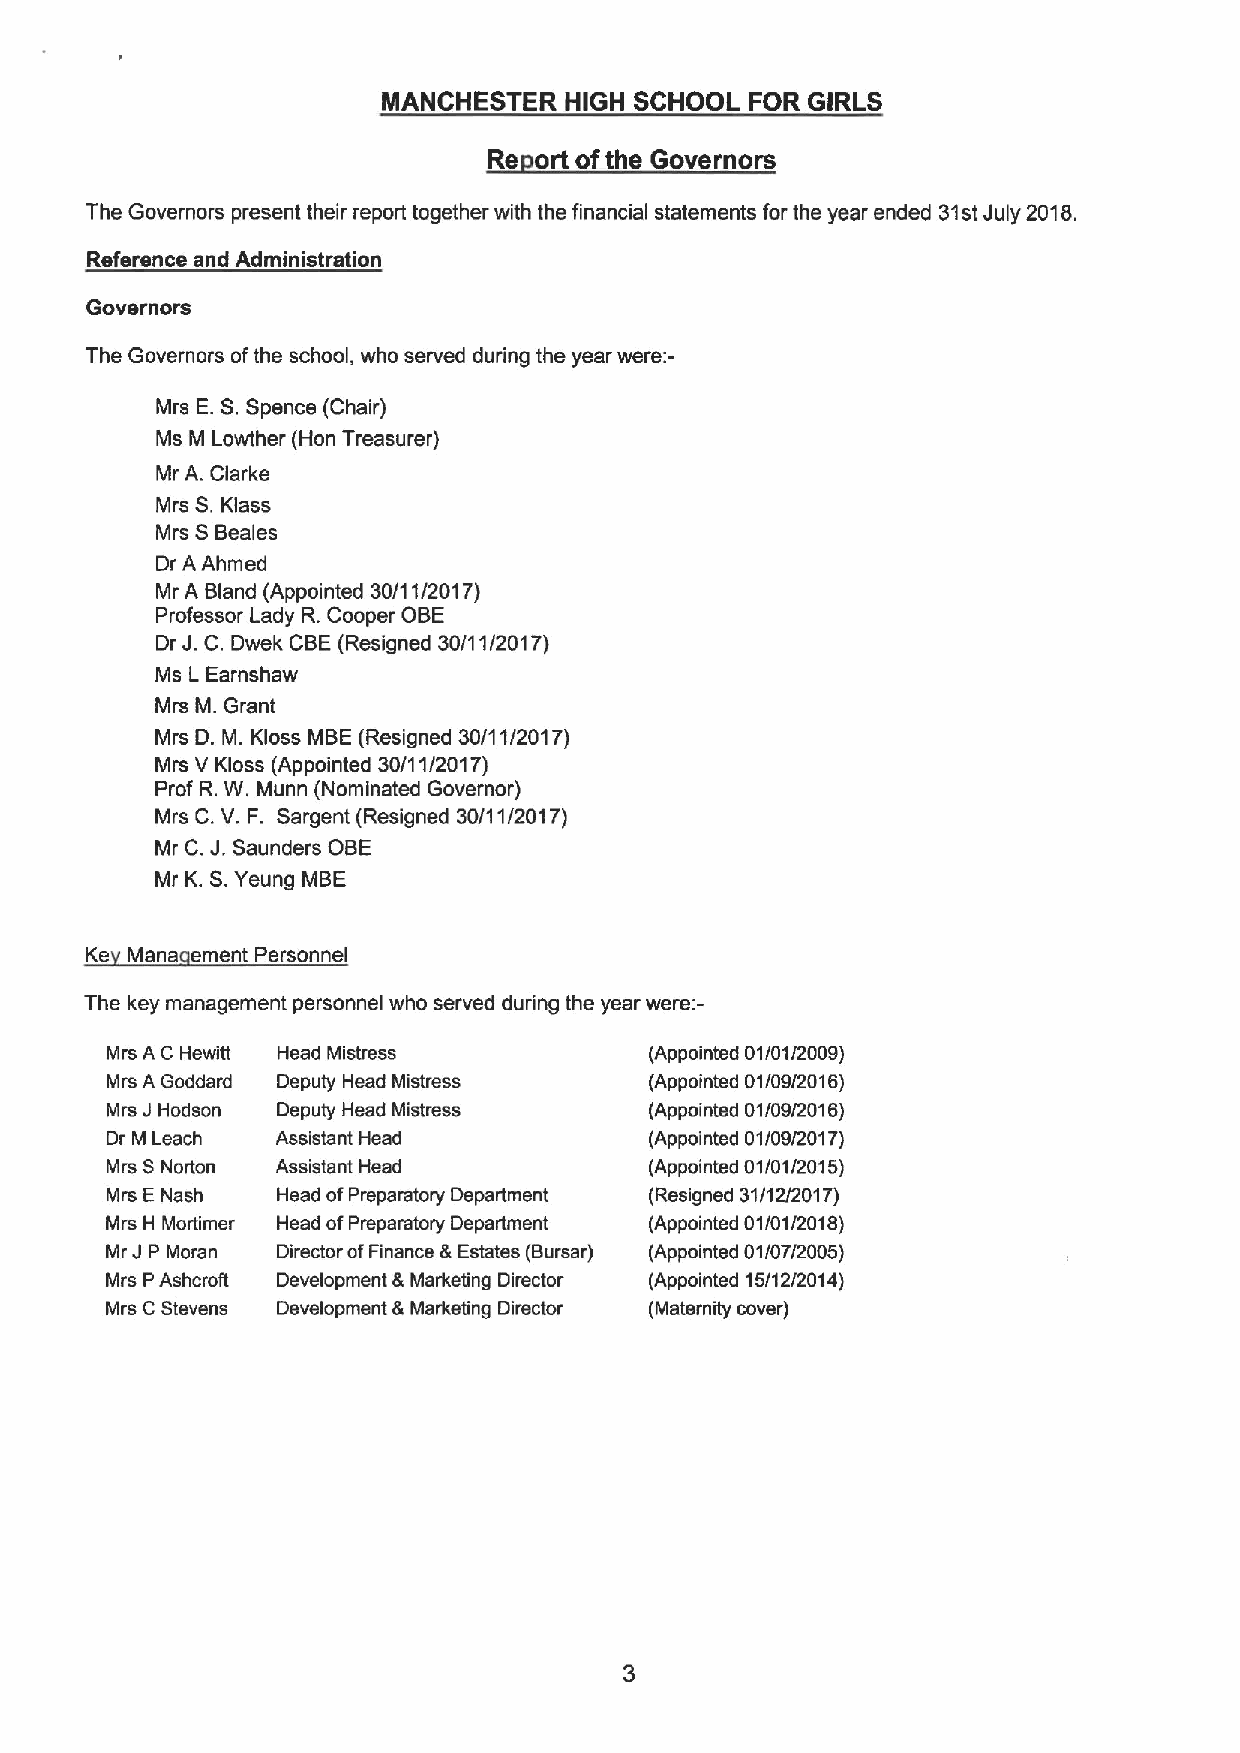
MANCHESTER  HIGH SCHOOL  FOR GIRLS
 Re ortof the Governors
 The Governors present their report together with the financial statements for the year ended 31stJuly 2018.
 Reference and Administration
 Governors
 The Governors ofthe school, who served during the year were:-
 Mrs E.S.Spence (Chair)
 Ms M Lowther (Hon Treasurer)
 Mr A. Clarke
 Mrs S.Klass
 Mrs SScales
 Dr AAhmed
 Mr A Bland (Appointed 30/1 1/2017)
 Professor Lady R.Cooper OBE
 Dr J.C.Dwek CBE(Resigned 30/11/2017)
 Ms LEarnshaw
 Mrs M. Grant
 Mrs D. M. Kloss MBE (Resigned 30/11/2017)
 Mrs V Kloss (Appointed 30/11/2017)
 Prof R.W. Munn (Nominated Governor)
 Mrs C.V. F. Sargent (Resigned 30/11/2017)
 Mr C.J. Saunders OBE
 Mr K.S.Yeung MBE
 Ke Mana ement Personnel
 The key management personnel who served during the year were:-
 Mrs A C Hewitt Head Mistress        (Appointed 01/01/2009)
 Mrs A Goddard Deputy Head Mistress  (Appointed 01/09/201 6)
 Mrs JHodson Deputy Head Mistress    (Appointed 01/09/201 6)
 Dr M Leach Assistant Head           (Appointed 01/09/2017)
 Mrs SNorton Assistant Head          (Appointed 01/01/2015)
 Mrs ENash  Head ofPreparatory Department (Resigned 31/12/2017)
 Mrs H Mortimer Head ofPreparatory Department (Appointed 01/01/2016)
 Mr JP Moran Director ofFinance &Estates (Bursar) (Appointed 01/07/2005)
 Mrs PAshcroR Development 8 Marketing Director (Appointed 15/12/2014)
 Mrs CStevens Development 8 Marketing Director (Maternity cover)